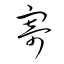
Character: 寄